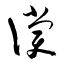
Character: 償